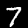
Digit: 7